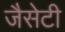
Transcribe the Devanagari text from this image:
जैसेटी